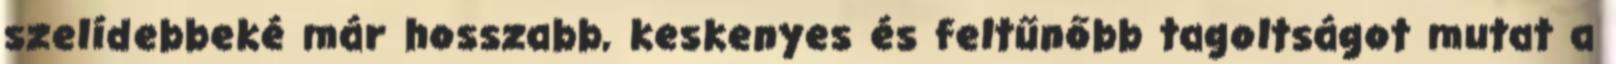
szelídebbeké már hosszabb, keskenyes és feltűnőbb tagoltságot mutat a